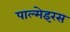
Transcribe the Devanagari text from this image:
पाल्मेइरस